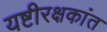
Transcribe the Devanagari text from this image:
यष्टीरक्षकांत